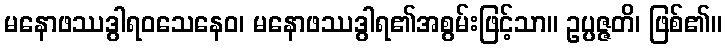
မနောဖဿဒွါရဝသေနေဝ၊ မနောဖဿဒွါရ၏အစွမ်းဖြင့်သာ။ ဥပ္ပဇ္ဇတိ၊ ဖြစ်၏။